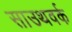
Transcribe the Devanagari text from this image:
साउथवर्क